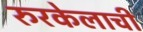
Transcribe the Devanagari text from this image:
रुरकेलाची